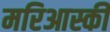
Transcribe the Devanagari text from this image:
मरिआस्की